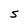
Character: S